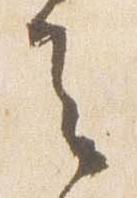
去